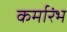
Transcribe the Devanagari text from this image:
कर्मारंभ